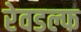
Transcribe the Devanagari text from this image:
रेवडल्फ